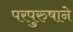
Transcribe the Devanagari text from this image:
परपुरुषाने